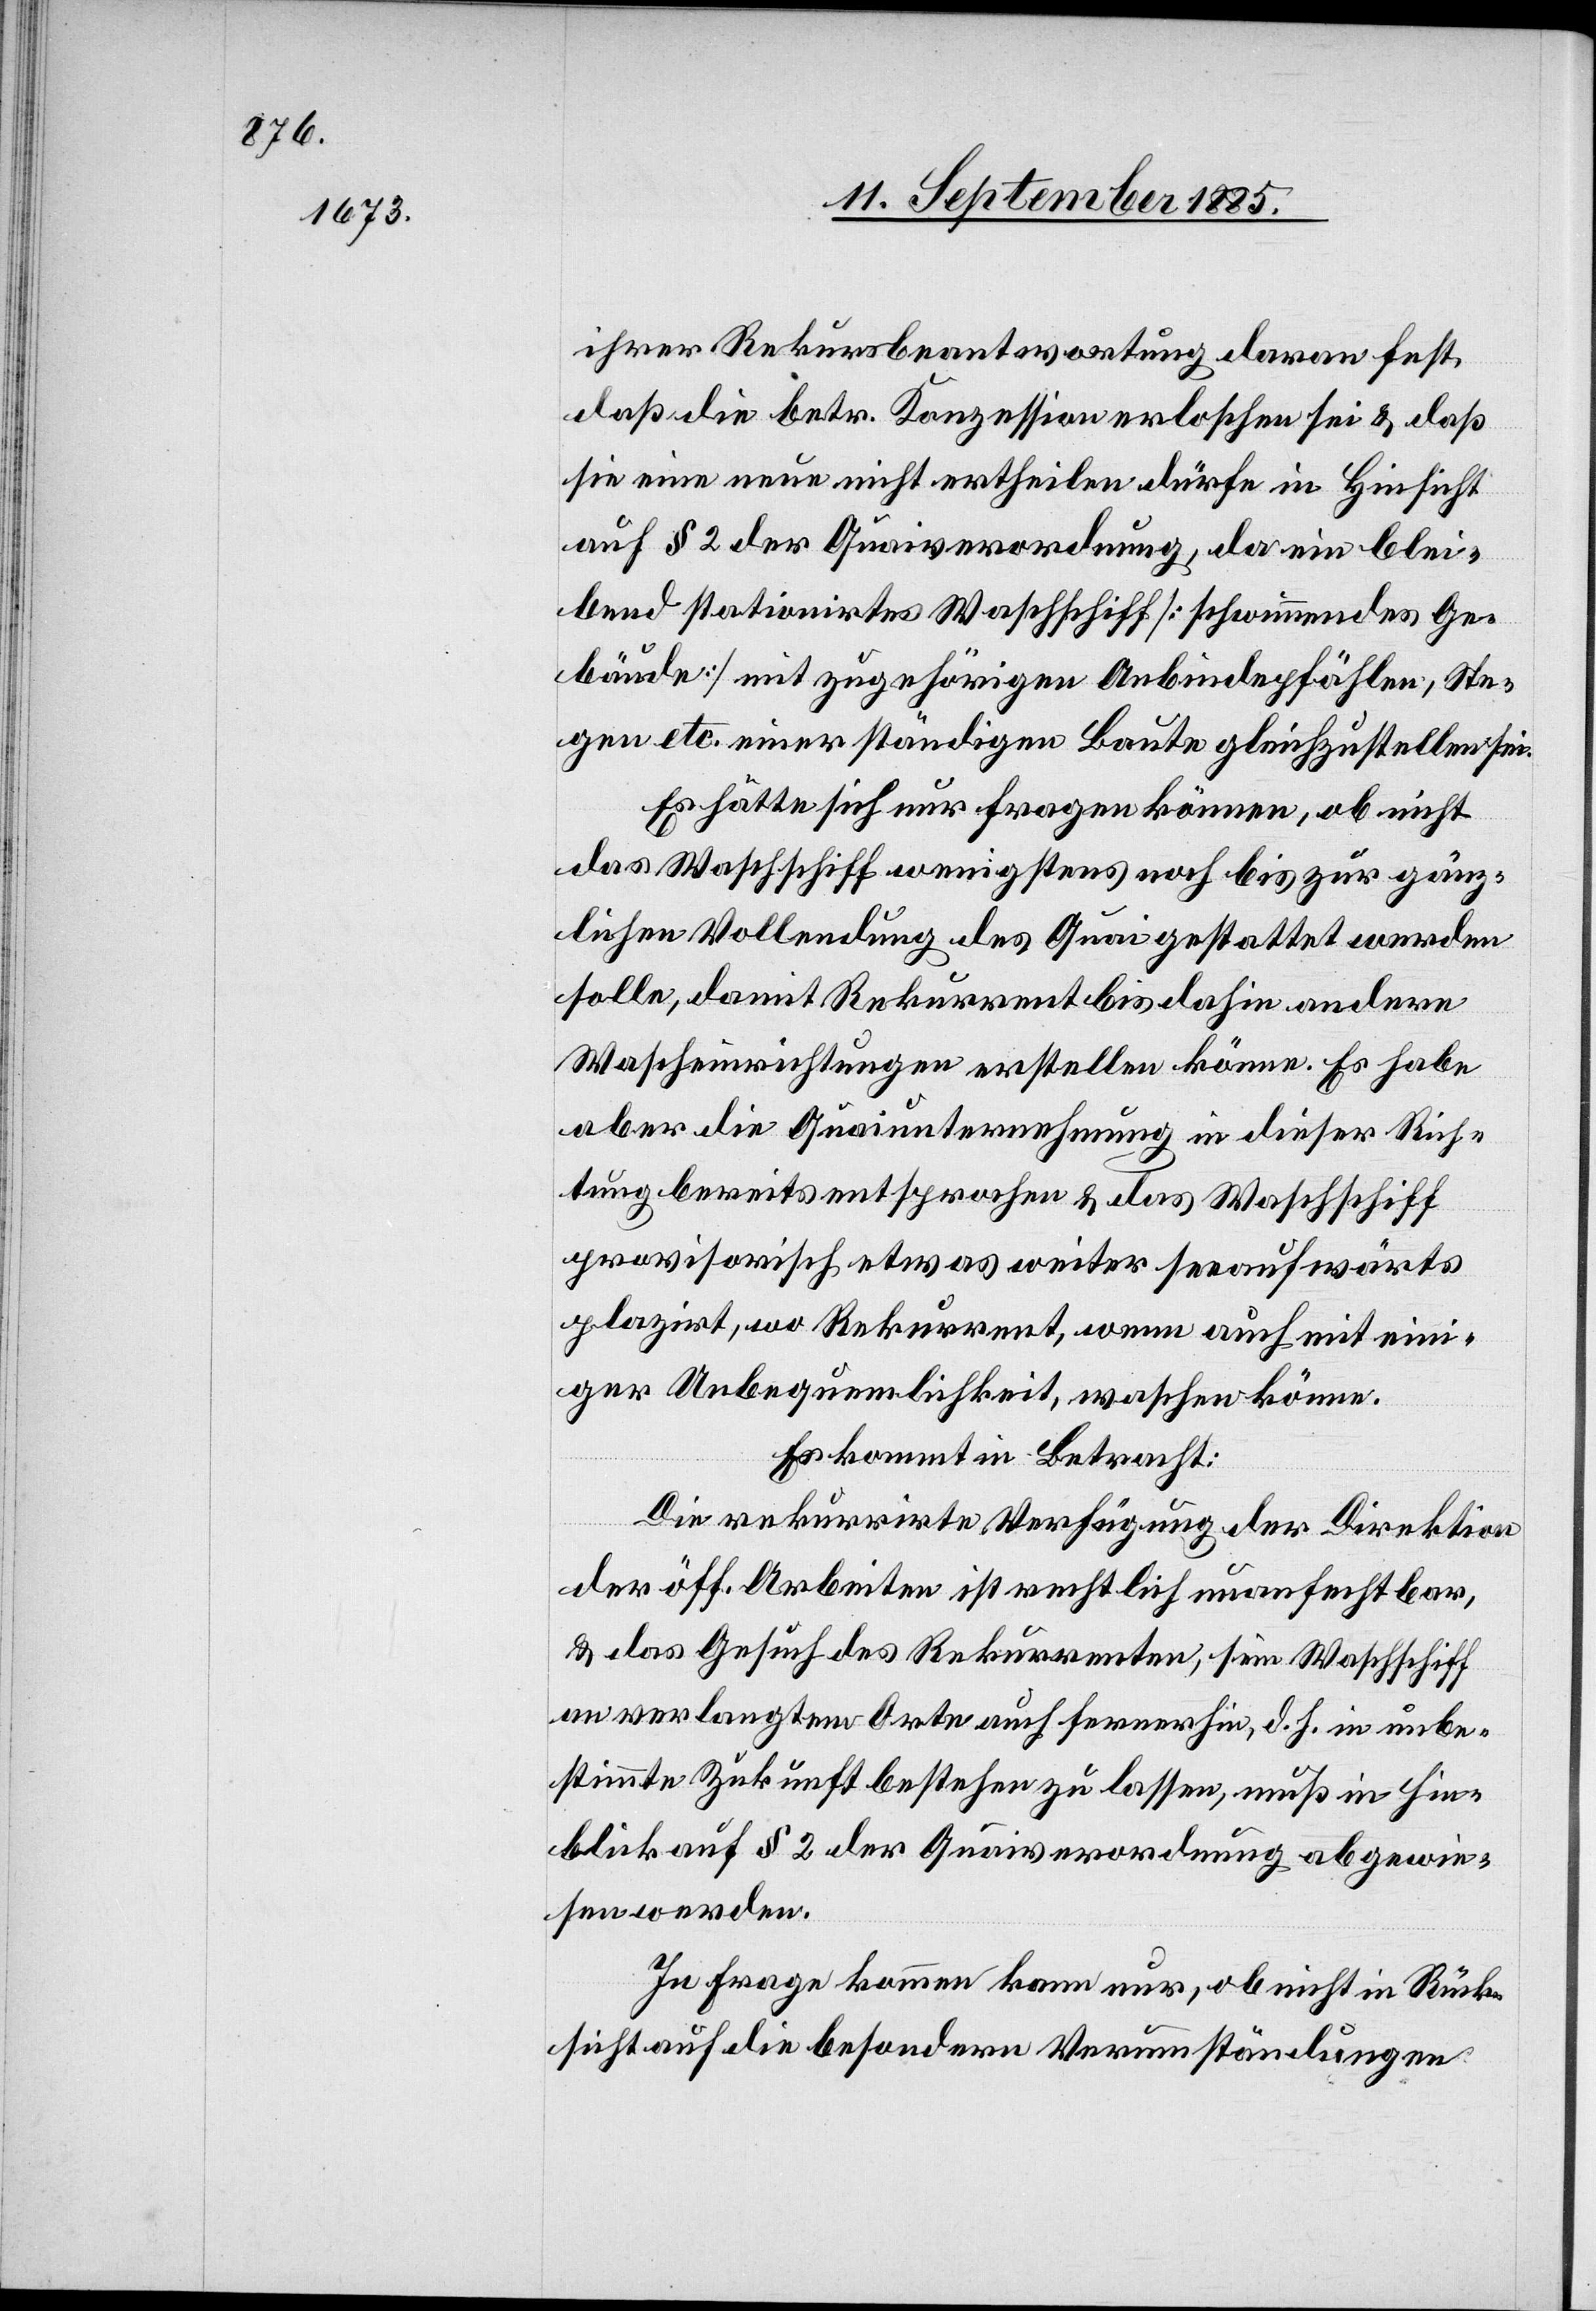
ihrer Rekursbeantwortung daran fest,
daß die betr. Konzession erloschen sei & daß
sie eine neue nicht ertheilten dürfe in Hinsicht
auf § 2 der Quaiverordnung, da ein blei¬
bend stationirtes Waschschiff [schwimmendes Ge¬
bäude] mit zugehörigen Anbindepfählen, Ste¬
gen etc. einer ständigen Baute gleichzustellen sei.
Es hätte sich nur fragen können, ob nicht
das Waschschiff wenigstens noch bis zur gänz¬
lichen Vollendung des Quai gestattet werden
solle, damit Rekurrent bis dahin andere
Wascheinrichtungen erstellen könne. Es habe
aber die Quaiunternehmung in dieser Rich¬
tung bereits entsprochen & das Waschschiff
provisorisch etwas weiter seeaufwärts
plazirt, wo Rekurrent, wenn auch mit eini¬
ger Unbequemlichkeit, waschen könne.
Es kommt in Betracht:
Die rekurrirte Verfügung der Direktion
der öff. Arbeiten ist rechtlich unanfechtbar,
& das Gesuch des Rekurrenten, sein Waschschiff
an verlangtem Orte auch fernerhin, d. h. in unbe¬
stimmte Zukunft bestehen zu lassen, muß in Hin¬
blick auf § 2 der Quaiverordnung abgewie¬
sen werden.
In Frage kommen kann nur, ob nicht in Rück¬
sicht auf die besondern Verumständungen